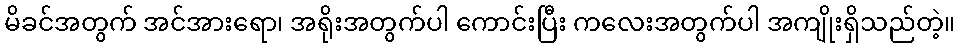
မိခင်အတွက် အင်အားရော၊ အရိုးအတွက်ပါ ကောင်းပြီး ကလေးအတွက်ပါ အကျိုးရှိသည်တဲ့။